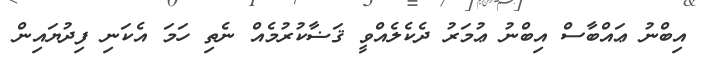
އިބްނު ޢައްބާސް އިބްނު ޢުމަރު ދެކެލެއްވީ ޤަޟާކުރުމެއް ނެތި ހަމަ އެކަނި ފިދުޔައިން